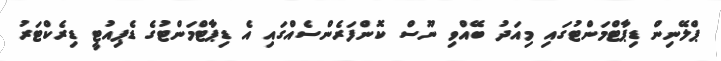
ޕްލޭނިން ޑިޕާޓްމަންޓުގައި މިއަދު ބޭއްވި ނޫސް ކޮންފަރެންސެއްގައި އެ ޑިޕާޓްމަންޓުގެ ޑެޕިއުޓީ ޑިރެކްޓަރު